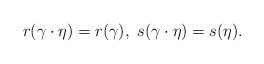
LaTeX: \begin{align*}r(\gamma \cdot \eta) = r(\gamma), \ s(\gamma \cdot \eta) = s(\eta).\end{align*}